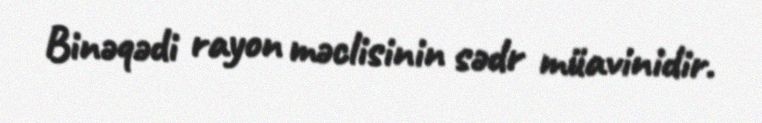
Binəqədi rayon məclisinin sədr müavinidir.